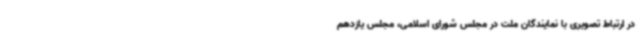
در ارتباط تصویری با نمایندگان ملت در مجلس شورای اسلامی، مجلس یازدهم